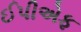
ઈપીએફ